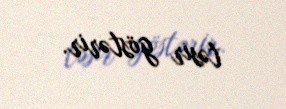
təsir göstərir.